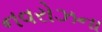
નવરોઝના